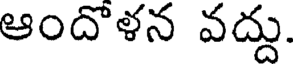
ఆందొళన వద్దు.